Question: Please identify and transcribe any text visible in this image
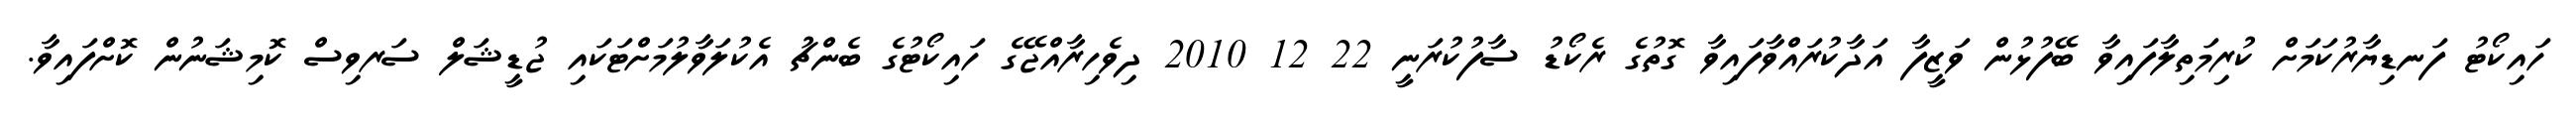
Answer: ހައިކޯޓު ފަނޑިޔާރުކަމަށް ކުރިމަތިލާފައިވާ ބޭފުޅުން ވަޒީފާ އަދާކުރައްވާފައިވާ ގޮތުގެ ރެކޯޑު ސާފުކުރަނީ 22 12 2010 ދިވެހިރާއްޖޭގެ ހައިކޯޓުގެ ބެންޗު އެކުލަވާލުމަށްޓަކައި ޖުޑީޝަލް ސަރވިސް ކޮމިޝަނުން ކޮށްފައިވާ.